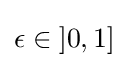
\epsilon \in \left]0,1\right]